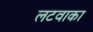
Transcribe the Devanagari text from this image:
लटवाका